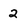
Character: 2